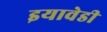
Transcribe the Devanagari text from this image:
इयावेडी